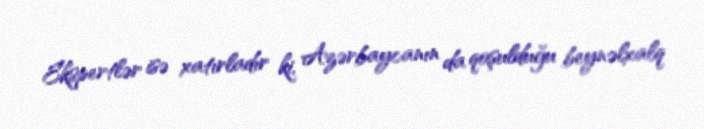
Ekspertlər isə xatırladır ki, Azərbaycanın da qoşulduğu beynəlxalq